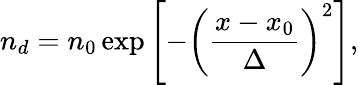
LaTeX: n_{d}=n_{0}\exp\left[-\left(\frac{x-x_{0}}{\Delta}\right)^{2}\right],